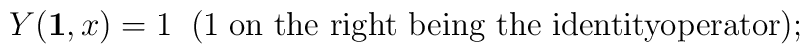
Y({\bf 1}, x)=1\;\; (1\;\mbox{\rm on the right being the identityoperator});